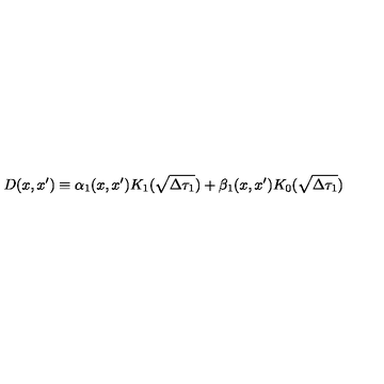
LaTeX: D ( x , x ^ { \prime } ) \equiv \alpha _ { 1 } ( x , x ^ { \prime } ) K _ { 1 } ( \sqrt { \Delta \tau _ { 1 } } ) + \beta _ { 1 } ( x , x ^ { \prime } ) K _ { 0 } ( \sqrt { \Delta \tau _ { 1 } } )